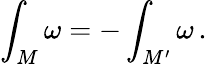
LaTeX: \int_{M}\omega=-\int_{M^{\prime}}\omega\, .